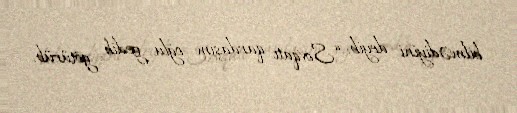
bilmədiyini deyib: “Sovqatı qardaşım oğlu gedib götürüb.